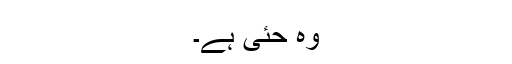
وہ حئی ہے۔